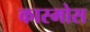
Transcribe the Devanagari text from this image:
कास्मोस